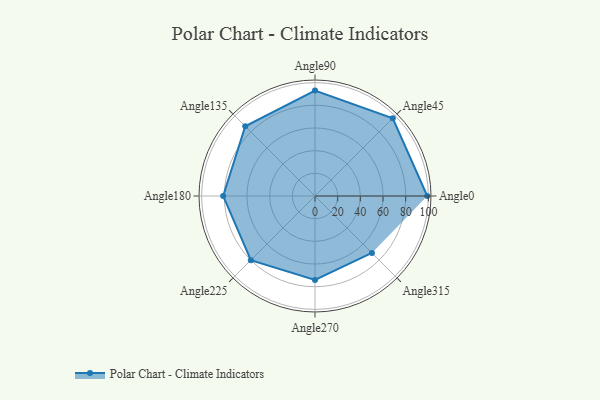
{"axis": {"x": "Angle", "y": "Radius"}, "legend": [""], "data": [{"x": "Angle0", "y": 99.0, "type": ""}, {"x": "Angle45", "y": 97.0, "type": ""}, {"x": "Angle90", "y": 93.0, "type": ""}, {"x": "Angle135", "y": 87.0, "type": ""}, {"x": "Angle180", "y": 81.0, "type": ""}, {"x": "Angle225", "y": 80.0, "type": ""}, {"x": "Angle270", "y": 74.0, "type": ""}, {"x": "Angle315", "y": 71.0, "type": ""}]}